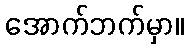
အောက်ဘက်မှာ။